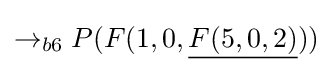
\rightarrow _{b6}P(F(1,0,{\underline {F(5,0,2)}}))